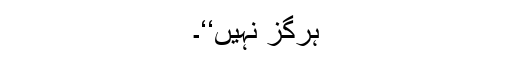
ہرگز نہیں‘‘۔